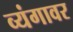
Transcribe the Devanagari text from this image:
व्यंगावर